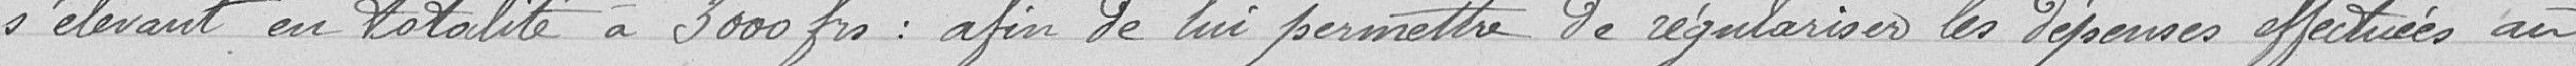
s'élevant en totalité à 3000 frs : afin de lui permettre de régulariser les dépenses effectuées au